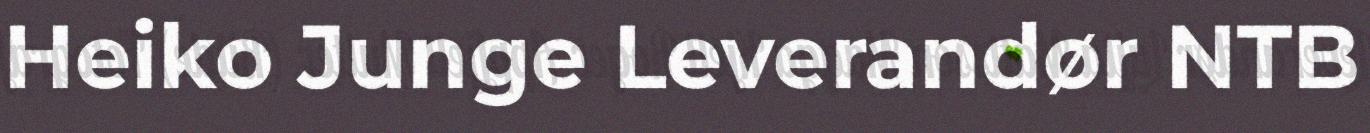
Heiko Junge Leverandør NTB